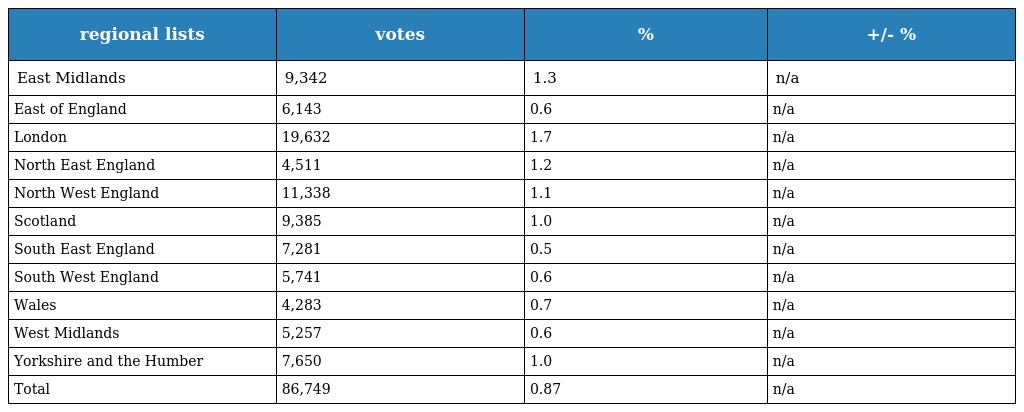
| regional lists | votes | % | +/- % |
 | --- | --- | --- | --- |
 | East Midlands | 9,342 | 1.3 | n/a |
 | East of England | 6,143 | 0.6 | n/a |
 | London | 19,632 | 1.7 | n/a |
 | North East England | 4,511 | 1.2 | n/a |
 | North West England | 11,338 | 1.1 | n/a |
 | Scotland | 9,385 | 1.0 | n/a |
 | South East England | 7,281 | 0.5 | n/a |
 | South West England | 5,741 | 0.6 | n/a |
 | Wales | 4,283 | 0.7 | n/a |
 | West Midlands | 5,257 | 0.6 | n/a |
 | Yorkshire and the Humber | 7,650 | 1.0 | n/a |
 | Total | 86,749 | 0.87 | n/a |